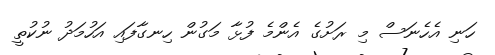
ހަނި އެހެނަސް މި ރަށުގެ އެންމެ ފުޅާ މަގުން ހިނގާފައި އަހުމަދު ނުކުތީ